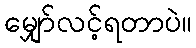
မျှော်လင့်ရတာပဲ။